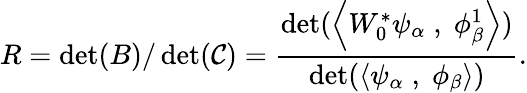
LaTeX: R=\operatorname*{det}(B)/\operatorname*{det}(\mathcal{C})={\frac{{\operatorname*{det}(\left<W_{0}^{*}\psi_{\alpha}\; ,\; \phi_{\beta}^{1}\right>)}}{{\operatorname*{det}(\left<\psi_{\alpha}\; ,\; \phi_{\beta}\right>)}}}.